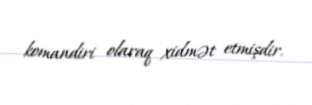
komandiri olaraq xidmət etmişdir.